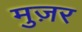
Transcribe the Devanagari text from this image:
मुज़र